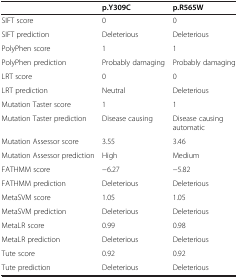
|  | p.Y309C | p.R565W |
 | --- | --- | --- |
 | SIFT score | 0 | 0 |
 | SIFT prediction | Deleterious | Deleterious |
 | PolyPhen score | 1 | 1 |
 | PolyPhen prediction | Probably damaging | Probably damaging |
 | LRT score | 0 | 0 |
 | LRT prediction | Neutral | Deleterious |
 | Mutation Taster score | 1 | 1 |
 | Mutation Taster prediction | Disease causing | Disease causing automatic |
 | Mutation Assessor score | 3.55 | 3.46 |
 | Mutation Assessor prediction | High | Medium |
 | FATHMM score | −6.27 | −5.82 |
 | FATHMM prediction | Deleterious | Deleterious |
 | MetaSVM score | 1.05 | 1.05 |
 | MetaSVM prediction | Deleterious | Deleterious |
 | MetaLR score | 0.99 | 0.98 |
 | MetaLR prediction | Deleterious | Deleterious |
 | Tute score | 0.92 | 0.92 |
 | Tute prediction | Deleterious | Deleterious |